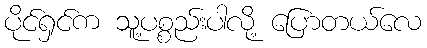
ပိုင်ရှင်က သူ့ပစ္စည်းပါလို့ ပြောတယ်လေ